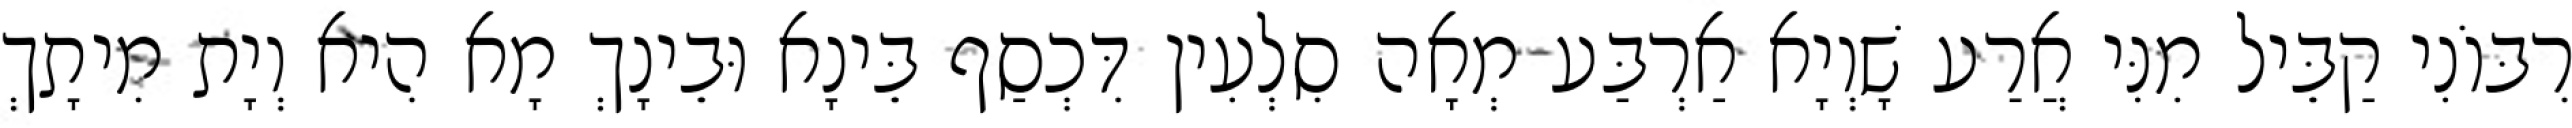
רִבּוֹנִי קַבֵּיל מִנִּי אֲרַע שָׁוְיָא אַרְבַּע מְאָה סִלְעִין דִּכְסַף בֵּינָא וּבֵינָךְ מָא הִיא וְיָת מִיתָךְ